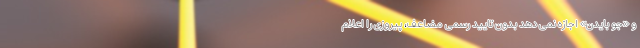
و «جو بایدن» اجازه نمی دهد بدون تایید رسمی مضاعف، پیروزی را اعلام